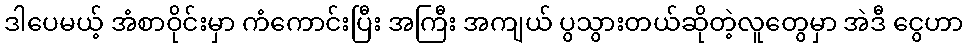
ဒါပေမယ့် အံစာဝိုင်းမှာ ကံကောင်းပြီး အကြီး အကျယ် ပွသွားတယ်ဆိုတဲ့လူတွေမှာ အဲဒီ ငွေဟာ